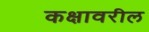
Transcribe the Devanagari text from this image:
कक्षावरील